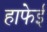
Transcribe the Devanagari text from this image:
हाफेई